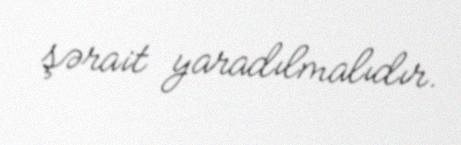
şərait yaradılmalıdır.